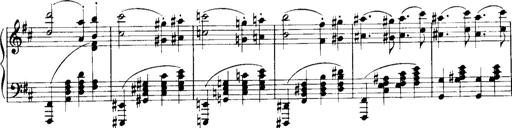
Title: Historische ungarische Bildnisse
Composer: Franz Liszt